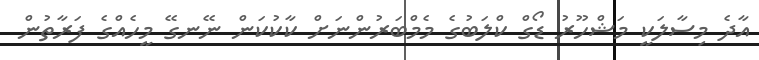
އާދެ މިސާލަކީ މަޝްހޫރު ޑޯގް ކްލަބުގެ މެމްބަރުންނަށް ކާކުކަން ނޭނގޭ މީހެއްގެ ފަރާތުން